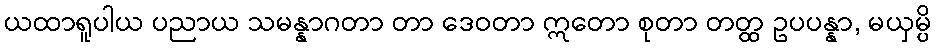
ယထာရူပါယ ပညာယ သမန္နာဂတာ တာ ဒေဝတာ ဣတော စုတာ တတ္ထ ဥပပန္နာ, မယှမ္ပိ